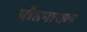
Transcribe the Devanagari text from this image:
पोतनायक